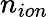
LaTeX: n_{ion}